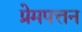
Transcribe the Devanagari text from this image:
प्रेमपत्तन